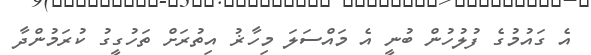
އެ ގައުމުގެ ފުލުހުން ބުނީ އެ މައްސަލަ މިހާޜު އިތުރަށް ތަހުގީގު ކުރަމުންދާ